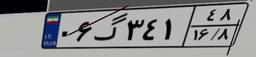
۹۷گ۰۸۴۹۸